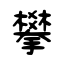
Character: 攀